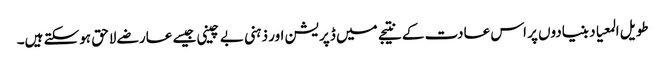
طویل المعیاد بنیادوں پر اس عادت کے نتیجے میں ڈپریشن اور ذہنی بے چینی جیسے عارضے لاحق ہوسکتے ہیں۔